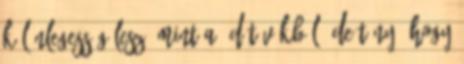
különlegesség lesz, mint a 3d tévékből, de tény, hogy